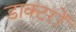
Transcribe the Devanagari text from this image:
डाक्‍टरों